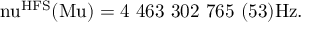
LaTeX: \mathrm { \Delta \ n u ^ { H F S } ( M u ) = 4 ~ 4 6 3 ~ 3 0 2 ~ 7 6 5 ~ ( 5 3 ) H z } .